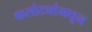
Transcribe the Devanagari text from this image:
कसोट्यांमधून